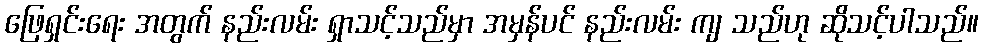
ဖြေရှင်းရေး အတွက် နည်းလမ်း ရှာသင့်သည်မှာ အမှန်ပင် နည်းလမ်း ကျ သည်ဟု ဆိုသင့်ပါသည်။